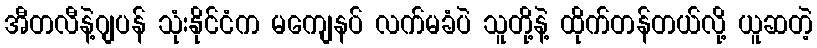
အီတလီနဲ့ဂျပန် သုံးနိုင်ငံက မကျေနပ် လက်မခံပဲ သူတို့နဲ့ ထိုက်တန်တယ်လို့ ယူဆတဲ့